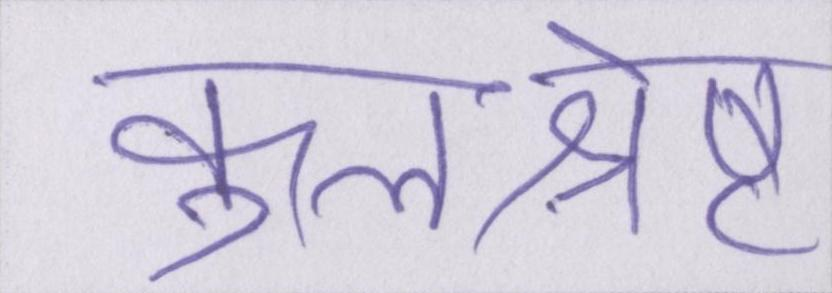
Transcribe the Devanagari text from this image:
कुलश्रेष्ठ